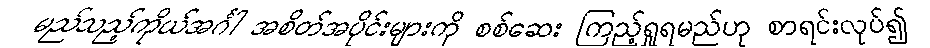
မည်သည့်ကိုယ်အင်္ဂါ အစိတ်အပိုင်းများကို စစ်ဆေး ကြည့်ရှုရမည်ဟု စာရင်းလုပ်၍